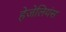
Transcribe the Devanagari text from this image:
हेजेलियंस